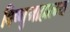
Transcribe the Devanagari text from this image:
विष्णुमाहात्म्य